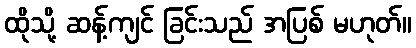
ထိုသို့ ဆန့်ကျင် ခြင်းသည် အပြစ် မဟုတ်။